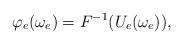
LaTeX: \begin{align*}\varphi_e(\omega_e) = F^{-1}(U_e(\omega_e)),\end{align*}